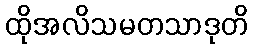
ထိုအလိသမတသာဒုတိ